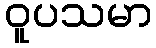
ဝူပသမာ